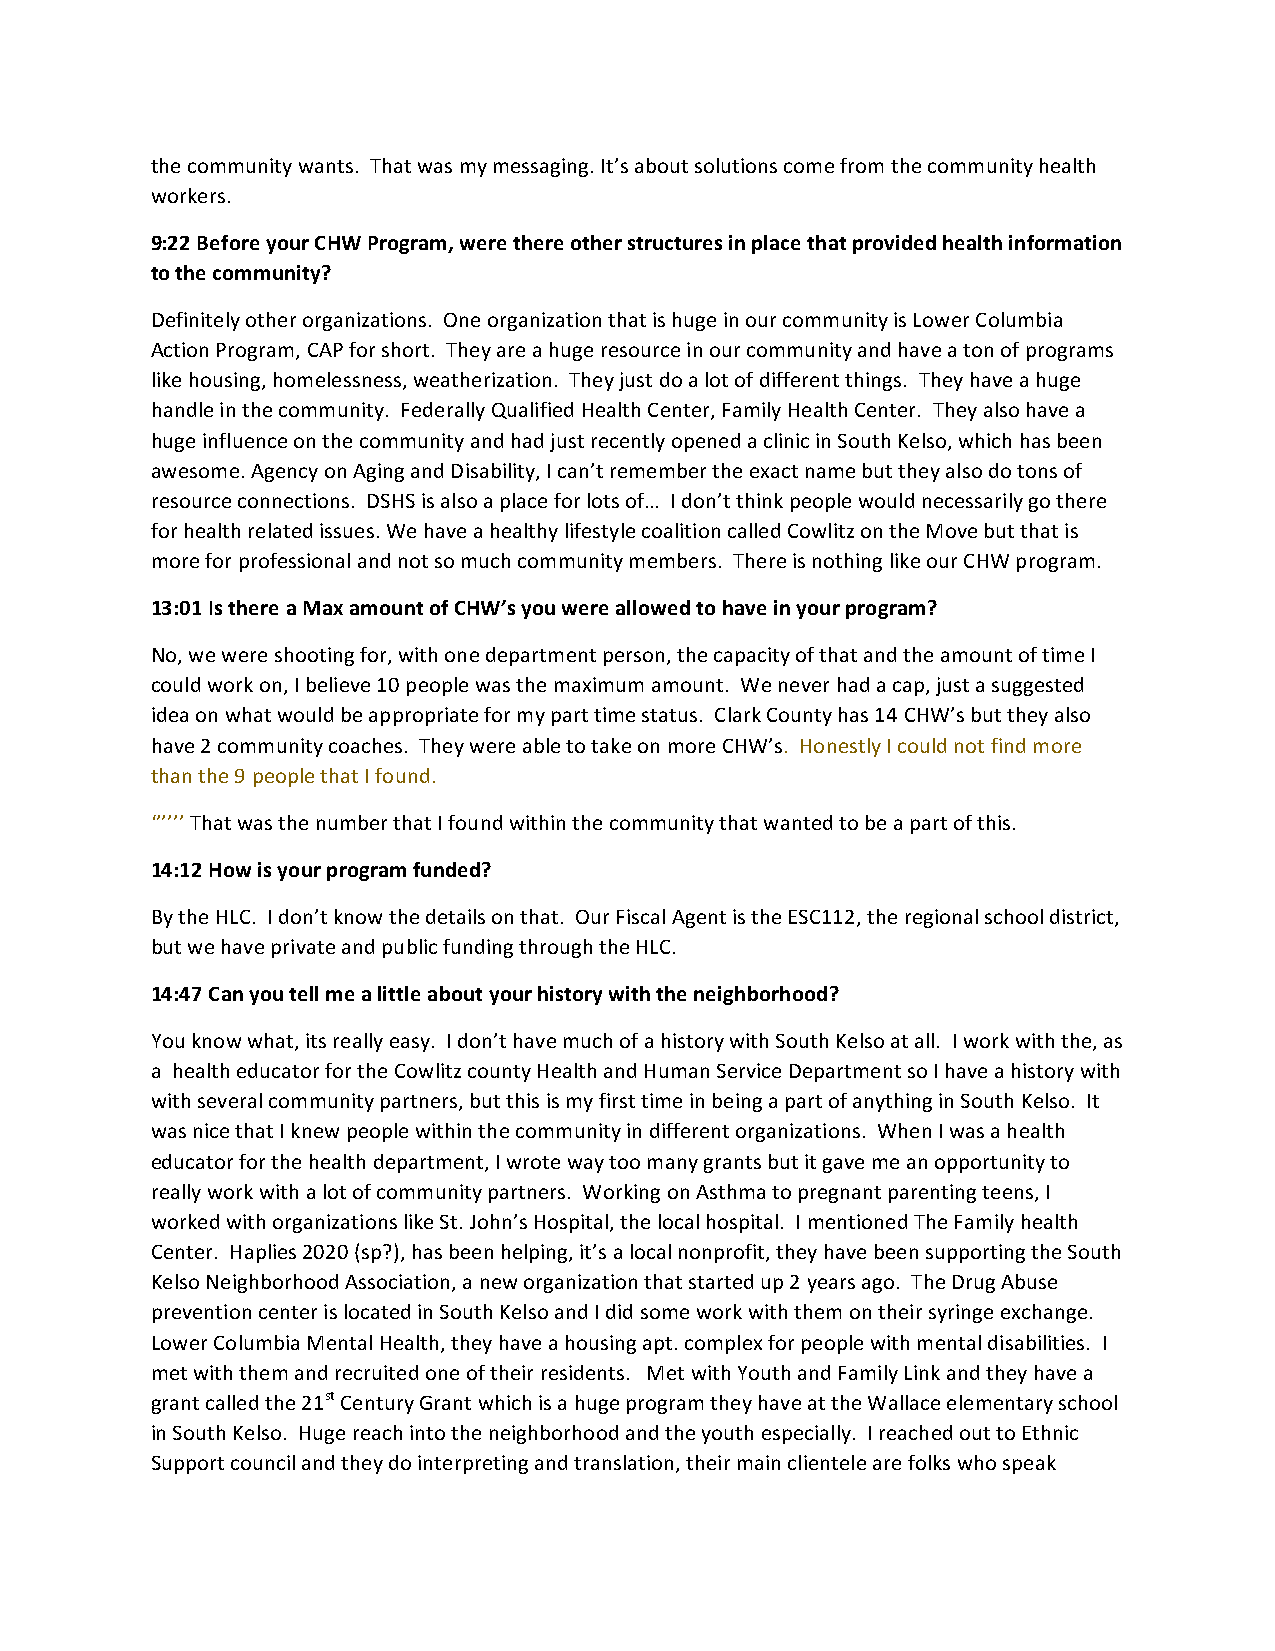
the community wants. That was my messaging. It’s about solutions come from the community health
 workers.
 9:22 Before your CHW Program, were there other structures in place that provided health information
 to the community?
 Definitely other organizations. One organization that is huge in our community is Lower Columbia
 Action Program, CAP for short. They are a huge resource in our community and have a ton of programs
 like housing, homelessness, weatherization. They just do a lot of different things. They have a huge
 handle in the community. Federally Qualified Health Center, Family Health Center. They also have a
 huge influence on the community and had just recently opened a clinic in South Kelso, which has been
 awesome. Agency on Aging and Disability, I can’t remember the exact name but they also do tons of
 resource connections. DSHS is also a place for lots of… I don’t think people would necessarily go there
 for health related issues. We have a healthy lifestyle coalition called Cowlitz on the Move but that is
 more for professional and not so much community members. There is nothing like our CHW program.
 13:01 Is there a Max amount of CHW’s you were allowed to have in your program?
 No, we were shooting for, with one department person, the capacity of that and the amount of time I
 could work on, I believe 10 people was the maximum amount. We never had a cap, just a suggested
 idea on what would be appropriate for my part time status. Clark County has 14 CHW’s but they also
 have 2 community coaches. They were able to take on more CHW’s. Honestly I could not find more
 than the 9 people that I found.
 ‘’’’’’ That was the number that I found within the community that wanted to be a part of this.
 14:12 How is your program funded?
 By the HLC. I don’t know the details on that. Our Fiscal Agent is the ESC112, the regional school district,
 but we have private and public funding through the HLC.
 14:47 Can you tell me a little about your history with the neighborhood?
 You know what, its really easy. I don’t have much of a history with South Kelso at all. I work with the, as
 a health educator for the Cowlitz county Health and Human Service Department so I have a history with
 with several community partners, but this is my first time in being a part of anything in South Kelso. It
 was nice that I knew people within the community in different organizations. When I was a health
 educator for the health department, I wrote way too many grants but it gave me an opportunity to
 really work with a lot of community partners. Working on Asthma to pregnant parenting teens, I
 worked with organizations like St. John’s Hospital, the local hospital. I mentioned The Family health
 Center. Haplies 2020 (sp?), has been helping, it’s a local nonprofit, they have been supporting the South
 Kelso Neighborhood Association, a new organization that started up 2 years ago. The Drug Abuse
 prevention center is located in South Kelso and I did some work with them on their syringe exchange.
 Lower Columbia Mental Health, they have a housing apt. complex for people with mental disabilities. I
 met with them and recruited one of their residents. Met with Youth and Family Link and they have a
 grant called the 21st Century Grant which is a huge program they have at the Wallace elementary school
 in South Kelso. Huge reach into the neighborhood and the youth especially. I reached out to Ethnic
 Support council and they do interpreting and translation, their main clientele are folks who speak